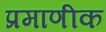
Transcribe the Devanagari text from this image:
प्रमाणीक